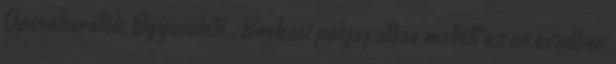
Operabarátok Egyesülete . Énekesi pályafutása mellett az es évadban